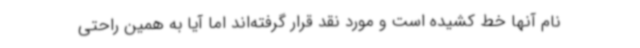
نام آنها خط کشیده است و مورد نقد قرار گرفته‌اند اما آیا به همین راحتی